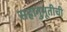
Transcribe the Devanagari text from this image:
सहानुभूतीची